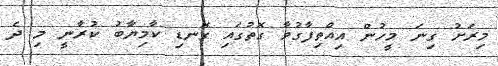
މިރަށު ގިނަ މީހުން އިއްތިފާގުވާ ގޮތުގައި ގޮނޑި ކާމިޔާބު ކުރާނީ މި ދެ